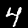
Digit: 4